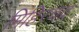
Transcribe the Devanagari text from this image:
मिहिरचंद्र